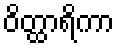
ဝိတ္ထာရိကာ